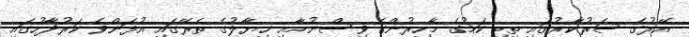
އޭރުގެ ސަރުކާރުގައި ތިބި ކަމުގެ މާހިރުންގެ ވިސްނުމާއި ޚިޔާލުގެ ތެރޭގައި އުފަންވެ ކަރުދާހުގައި